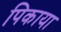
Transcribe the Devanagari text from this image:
पिकाया